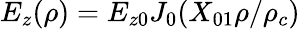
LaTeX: E_{z}(\rho)=E_{z0}J_{0}(X_{01}\rho/\rho_{c})